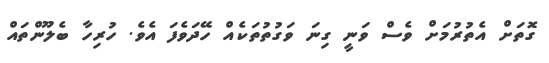
ގޮތަށް އެތުރުމަށް ވެސް ވަނީ ގިނަ ވަގުތުތަކެއް ހޭދަވެފަ އެވެ. ހުރިހާ ބެލޫންތައް